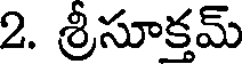
2. శ్రీసూక్తమ్